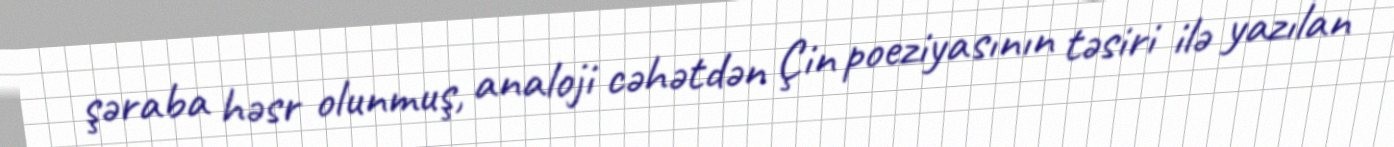
şəraba həsr olunmuş, analoji cəhətdən Çin poeziyasının təsiri ilə yazılan